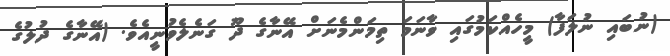
(ނުބައި ނުލަފާ) މީހެއްކަމުގައި ވާނަމަ ތިމަންމެނަށް އޭނާގެ ދޫ ގަނެލެވުނީއެވެ. (އޭނާގެ ދުލުގެ